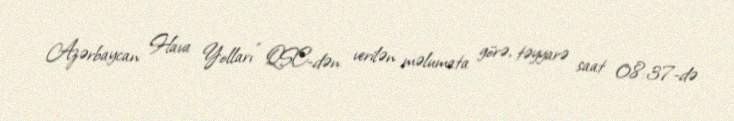
Azərbaycan Hava Yolları" QSC-dən verilən məlumata görə, təyyarə saat 08:37-də